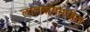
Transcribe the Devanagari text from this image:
लालबागमधील